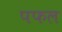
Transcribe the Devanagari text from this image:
पफल